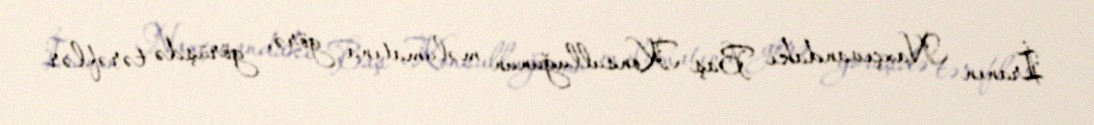
İranın Naxçıvandakı Baş Konsulluğunun məlumatına görə, görüşdə tərəflər